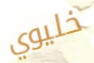
خليوي